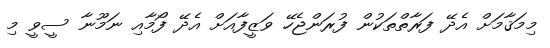
މިމަޤާމަށް އެދޭ ފަރާތްތަކުން ފުރަންޖެހޭ ވަޒީފާއަށް އެދޭ ފޯމާއި ނަމޫނާ ސީވީ މި